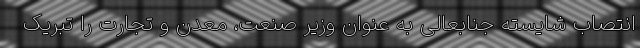
انتصاب شایسته جنابعالی به عنوان وزیر صنعت، معدن و تجارت را تبریک